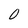
Character: 0